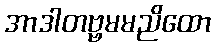
အာဒါတဗ္ဗမမညိထော